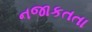
નજાકતતા